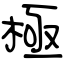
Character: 極